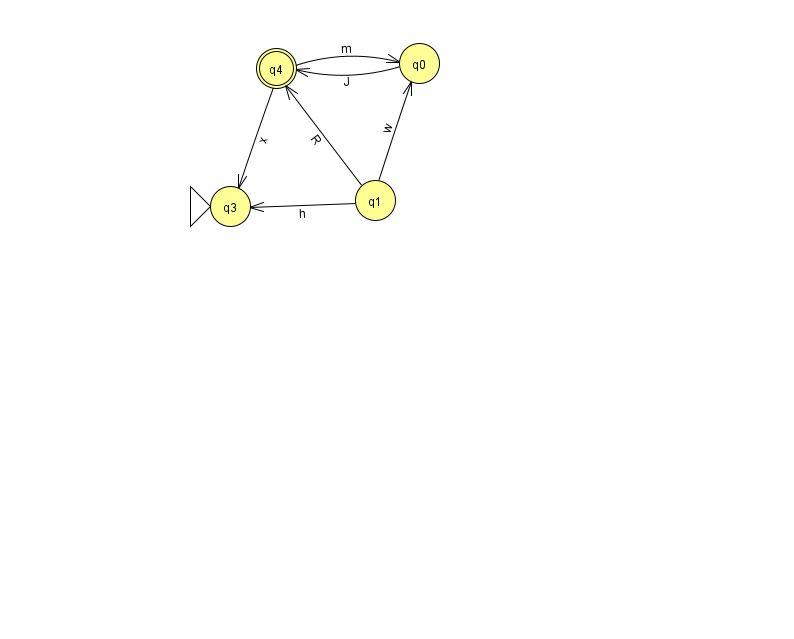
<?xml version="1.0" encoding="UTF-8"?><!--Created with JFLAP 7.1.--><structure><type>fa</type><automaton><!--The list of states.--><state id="0" name="q0"><x>419.0</x><y>50.0</y></state><state id="1" name="q1"><x>375.0</x><y>187.0</y></state><state id="3" name="q3"><x>230.0</x><y>193.0</y><initial/></state><state id="4" name="q4"><x>276.0</x><y>55.0</y><final/></state><!--The list of transitions.--><transition><from>1</from><to>3</to><read>h</read></transition><transition><from>4</from><to>0</to><read>m</read></transition><transition><from>1</from><to>0</to><read>w</read></transition><transition><from>1</from><to>4</to><read>R</read></transition><transition><from>0</from><to>4</to><read>J</read></transition><transition><from>4</from><to>3</to><read>x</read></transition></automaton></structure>